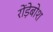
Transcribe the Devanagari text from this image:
रोंड़ेबोश